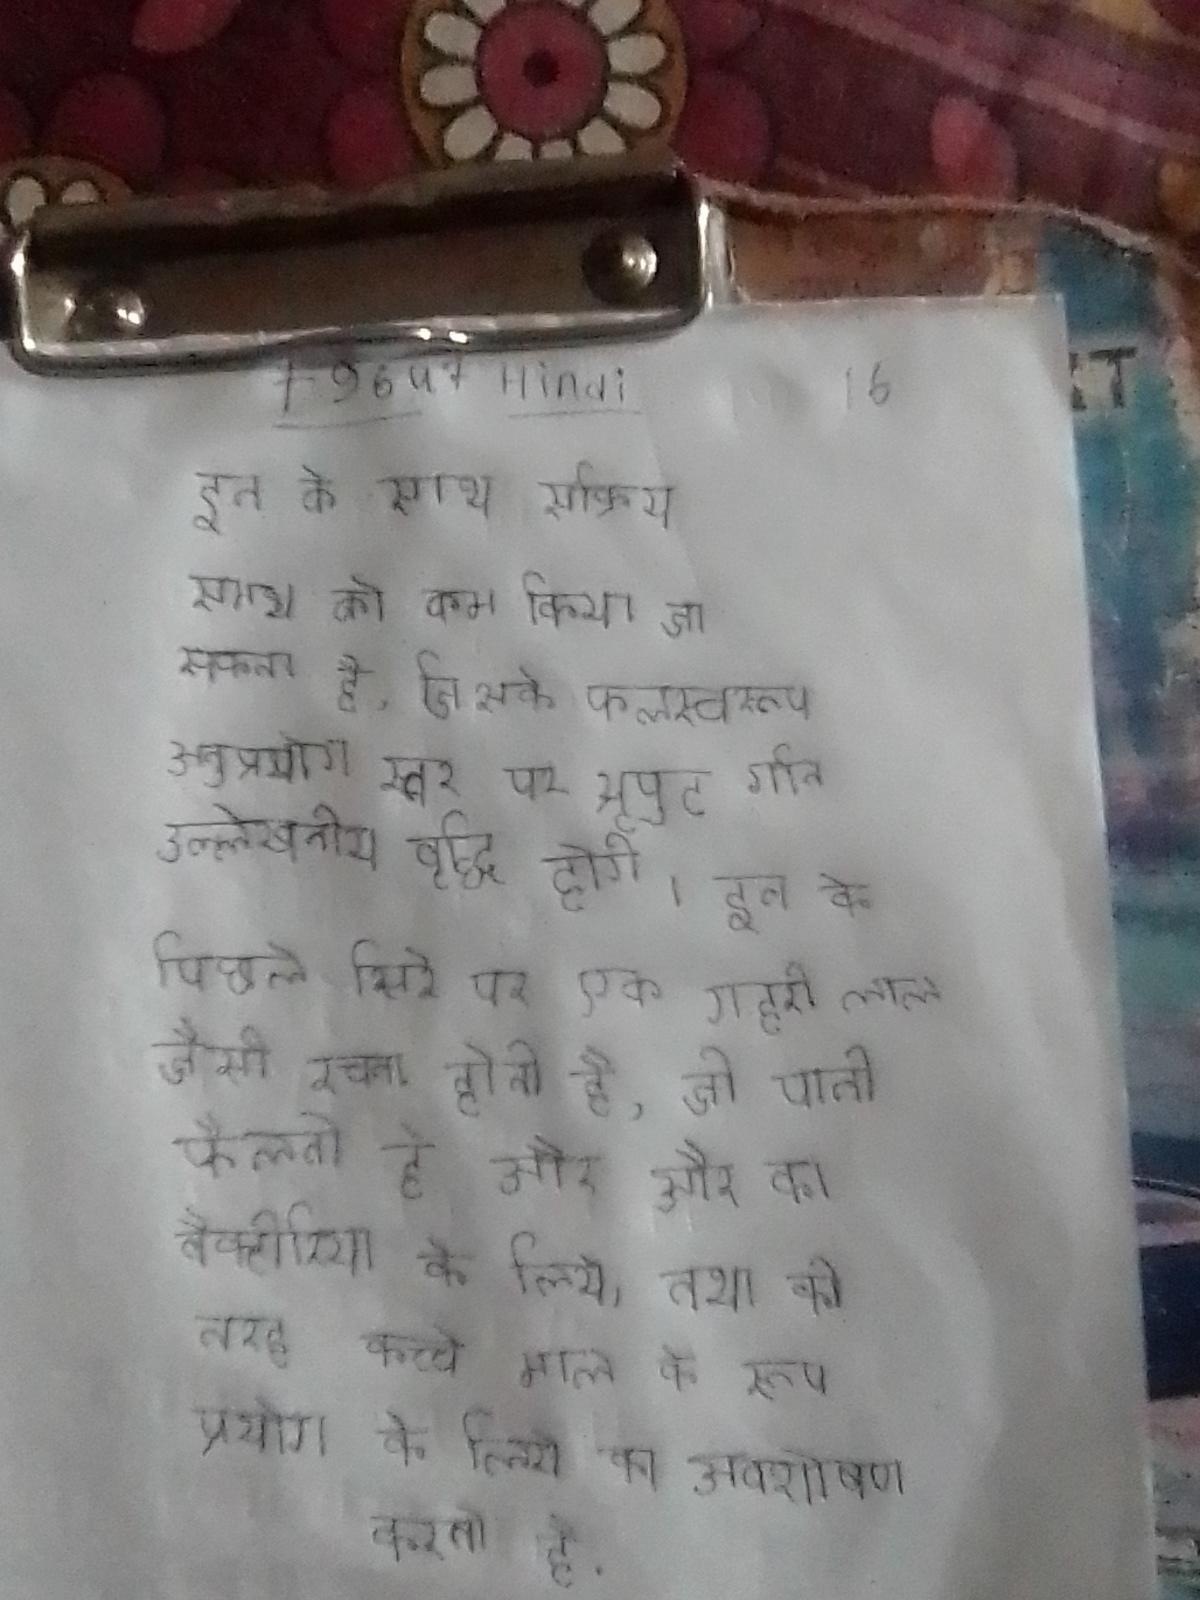
इन के साथ सक्रिय समय को कम किया जा सकता है, जिसके फलस्वरूप अनुप्रयोग स्तर पर थ्रूपुट गति उल्लेखनीय वृद्धि होगी । इन के पिछले सिरे पर एक गहरी लाल जैसी रचना होती है, जो पानी फैलती है और और का बैक्टीरिया के लिये, तथा की तरह कच्चे माल के रूप प्रयोग के लिये का अवशोषण करती है .